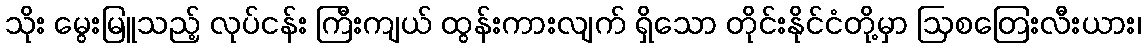
သိုး မွေးမြူသည့် လုပ်ငန်း ကြီးကျယ် ထွန်းကားလျက် ရှိသော တိုင်းနိုင်ငံတို့မှာ ဩစတြေးလီးယား၊